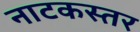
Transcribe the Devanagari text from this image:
नाटकस्तर